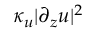
\kappa _ { u } | \partial _ { z } \boldsymbol u | ^ { 2 }